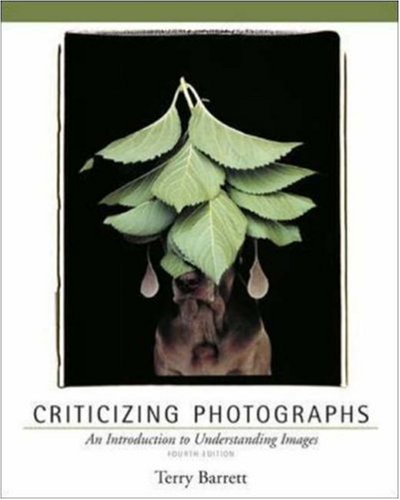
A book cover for Criticizing Photographs: An Introduction to Understanding Images; Terry Barrett; Arts & Photography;